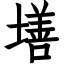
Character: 墡